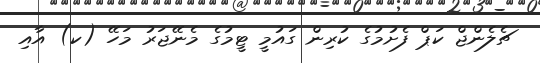
ޗެލެންޖް ކަޕް ފެށުމުގެ ކުރިން ގައުމީ ޓީމުގެ މެނޭޖަރު މަހޭ (ކ) އާއި